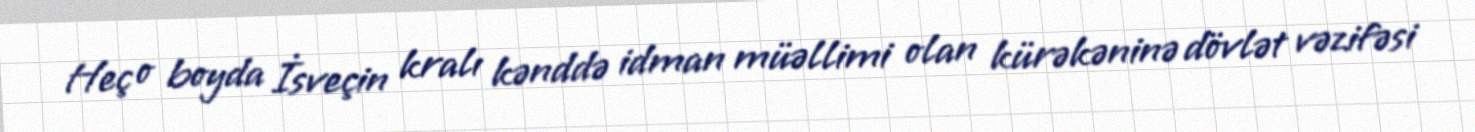
Heç o boyda İsveçin kralı kənddə idman müəllimi olan kürəkəninə dövlət vəzifəsi